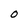
Character: O